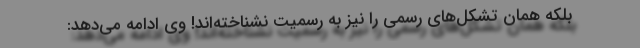
بلکه همان تشکل‌های رسمی را نیز به رسمیت نشناخته‌اند! وی ادامه می‌دهد: